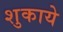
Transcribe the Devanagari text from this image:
शुकाये